Cholera in India, 1862 to 1881
Year: 1862
Disease focus: Cholera
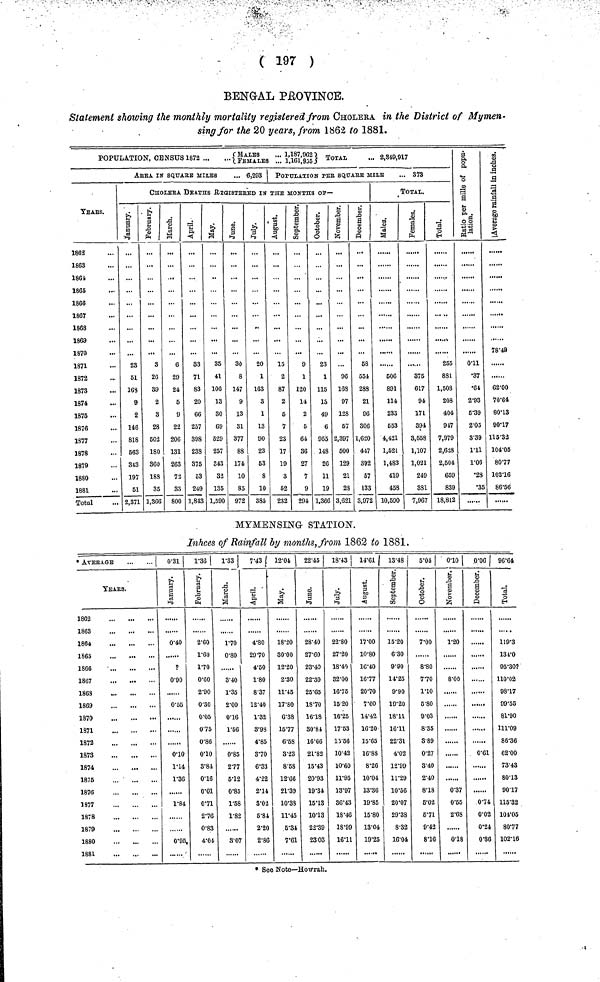
( 197 )
BENGAL PROVINCE.
Statement showing the monthly mortality registered from CHOLERA in the District of Mymen-
sing for the 20 years, from 1862 to 1881.
POPULATION, CENSUS 1872 {MALES...FEMALES ... 1,187, 1,161} TOTAL ... 2,849,917
ArEA IN SQUARE MILES
... 6,293
YEArS.
1862
1863
1864
1865
1866
1867
1868
1869
1870
1871
1872
1873
1874
1875
1876
1877
1878
1879
1880
1881
Total
POPULATION PEr SQuArE MILE
... 373
CHOLERA DEATHS rEGISTERED in THE MONTHS Of—
January.
23
51
168
9
2
146
818
563
343
197
51
2,371
February.
3
26
39
2
3
28
502
180
360
18S
35
1,366
March.
6
29
24
5
9
22
206
131
263
73
33
800
April.
33
71
83
20
66
257
398
238
375
53
249
1,843
May.
35
41
106
13
30
69
529
257
343
32
135
1,590
June.
30
8
147
9
13
81
377
88
174
10
85
972
July.
..
20
1
163
3
1
13
90
23
53
8
10
385
August.
15
2
87
2
5
7
23
17
19
3
52
232
September.
9
1
Z20
14
2
5
64
36
27
7
9
294
October.
23
1
115
13
49
6
955
148
26
11
19
1,366
November.
96
168
97
128
57
2,397
500
129
21
28
3,621
December.
58
554
288
21
96
306
1,620
447
392
57
133
3,972
TOTAL
Males.
606
891
114
233
653
4,421
1,521
1,483
410
45S
10,690
Females.
375
617
94
171
394
3,558
1,107
1,021
249
331
7,967
Total.
255
881
1,508
208
404
917
7,979
2,628
2,604
659
839
18,812
Ratio per mille
of population.
0.11
•37
•61
2.93
5.39
2.05
3.39
1.11
1.06
•28
•35
Averag in inche
78.49
62.00
70.64
80.13
90.17
115.32
104.05
80.77
102.16
86.56
MYMENSING STATION.
Inhces of Rainfall by months, from 1862 to 1881.
• AVERAGE
...
...
YEArS.
1862
1863
1864
1865
1866
1867
1863
1869
1870
1871
1872
1873
1874
1875
1876
1877
1878
1879
1880
1881
0.31
January.
0.40
?
0.90
0.55
0.10
1.14
1.36
1.84
0.95
1.36
February.
2.60
1.60
1.70
0.60
2.90
0.30
0.05
0.75
0.86
0.10
3.84
0.16
0.01
0.7l
2.76
0.83
4.04
1.33
March.
1.70
0.80
3.40
1.35
2.00
0.16
1.56
0.85
2.77
5.12
0.85
1.58
1.82
3.07
7.43
April.
4.80
29.70
4.50
1.80
8.37
12.40
1.32
3.98
4.85
3.70
6.33
4.22
2.14
3.02
6.84
2.20
2.86
12.04
May.
18.20
30.00
12.20
2.30
11.45
17.80
6.38
16.77
6.58
3.23
8.68
12.66
21.39
10.33
11.45
5.34
7.61
22.45
June.
28.40
27.60
23.40
22.30
25.65
18.70
16.18
30.84
16.66
21.82
15.43
20.93
19.34
15.13
10.13
22.39
23 .03
18.43
July.
22.80
27.20
18.40
32.00
16.76
15.20
16.25
17.63
15.56
10.42
10.60
11.95
13.97
36.43
18.46
18.99
16.11
14.61
August.
17.00
10.80
16.40
16.77
20.70
7.60
14.42
16.20
15.65
16.83
8.26
10.04
13.36
19.85
15.80
13.04
19.25
13.48
September.
15.20
6.30
9.90
14.25
9.90
19.20
18.11
16.11
22.31
4.02
12.99
11.29
10.56
20.07
29.38
8.32
16.04
5.04
October.
7.00
8.80
7.70
1.10
5.80
9.03
8.35
8.89
0.27
3.40
2.40
8.18
6.02
6.71
9.42
8.16
0.10
November.
1.20
8.00
0.37
0.55
2.68
0.18
0.06
December.
...
0.61
0.74
0.02
0.24
0.86
96.64
Total.
119.3
134.0
95.30?
110.02
98.17
99.55
81.90
111.09
86.36
62.00
73.43
80.13
90.17
115.32
104.05
80.77
102.16
* See Note—Howrah.